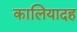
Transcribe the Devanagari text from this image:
कालियादह